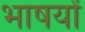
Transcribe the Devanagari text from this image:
भाषयों